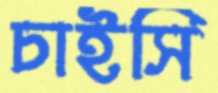
চাইসি